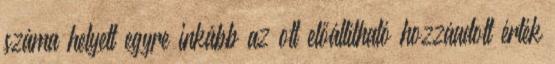
száma helyett egyre inkább az ott előállítható hozzáadott érték